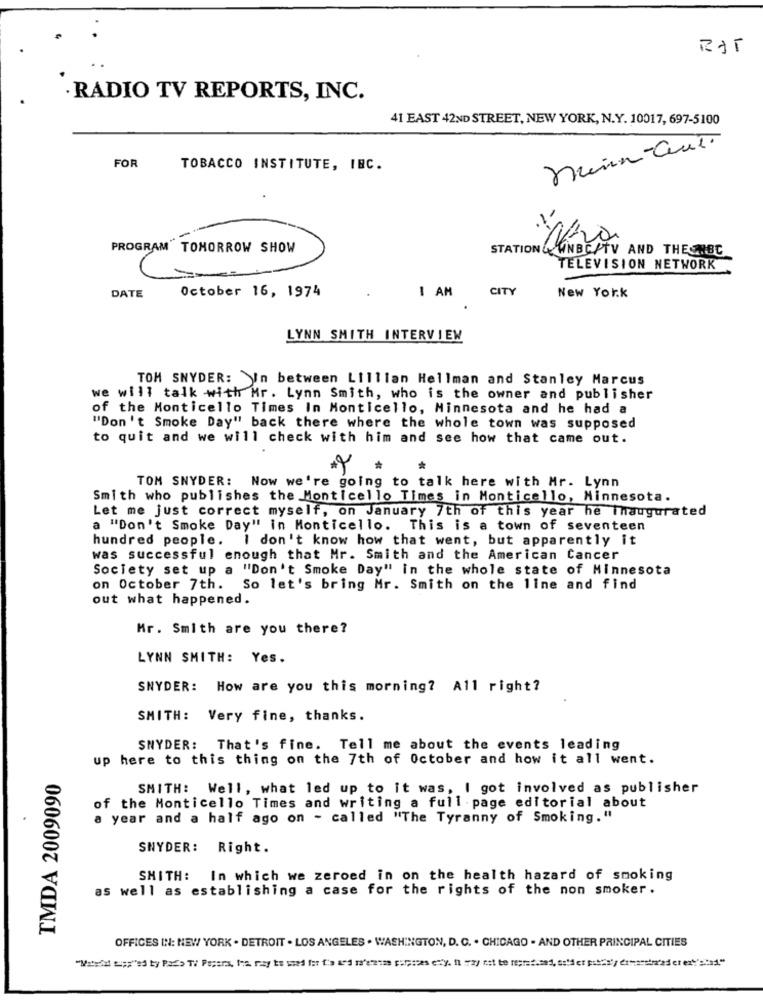
· RADIO TV REPORTS, INC.
41 EAST 42ND STREET, NEW YORK, N.Y. 10017, 697-5100
Minu-Cut.
FOR
TOBACCO INSTITUTE, IBC.
PROGRAM TOMORROW SHOW
STATION & NBSPTV AND THECNBC
TELEVISION NETWORK
October 16, 1974
I AM
CITY
DATE
New York
LYNN SMITH INTERVIEW
TOM SNYDER: In between Lillian Hellman and Stanley Marcus
we will talk with Mr. Lynn Smith, who is the owner and publisher
of the Monticello Times In Monticello, Minnesota and he had a
"Don't Smoke Day" back there where the whole town was supposed
to quit and we will check with him and see how that came out.
*
TOM SNYDER: Now we're going to talk here with Mr. Lynn
Smith who publishes the Monticello Times in Monticello, Minnesota.
Let me just correct myself, on January 7th of this year he inaugurated
a "Don't Smoke Day" in Monticello. This is a town of seventeen
hundred people. I don't know how that went, but apparently it
was successful enough that Mr. Smith and the American Cancer
Society set up a "Don't Smoke Day" in the whole state of Minnesota
on October 7th. So let's bring Mr. Smith on the line and find
out what happened.
Mr. Smith are you there?
LYNN SMITH: Yes.
SNYDER: How are you this morning? All right?
SMITH: Very fine, thanks.
SNYDER: That's fine. Tell me about the events leading
up here to this thing on the 7th of October and how it all went.
TMDA 2009090
SMITH: Well, what led up to it was, I got involved as publisher
of the Monticello Times and writing a full page editorial about
a year and a half ago on - called "The Tyranny of Smoking."
SNYDER: Right.
SMITH:
In which we zeroed in on the health hazard of smoking
as well as establishing a case for the rights of the non smoker.
OFFICES IN: NEW YORK . DETROIT . LOS ANGELES . WASHINGTON, D. C. . CHICAGO - AND OTHER PRINCIPAL CITIES
"Vitotal spy"ed by Pads TV Pecera, Ina way to used for fia and n'eranas purposes enty. it may not be reproduced, solder pascaly ermarinaderer'stad"